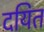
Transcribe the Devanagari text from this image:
दयित